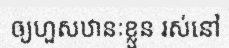
ឲ្យហួសឋានៈខ្លួន រស់នៅ